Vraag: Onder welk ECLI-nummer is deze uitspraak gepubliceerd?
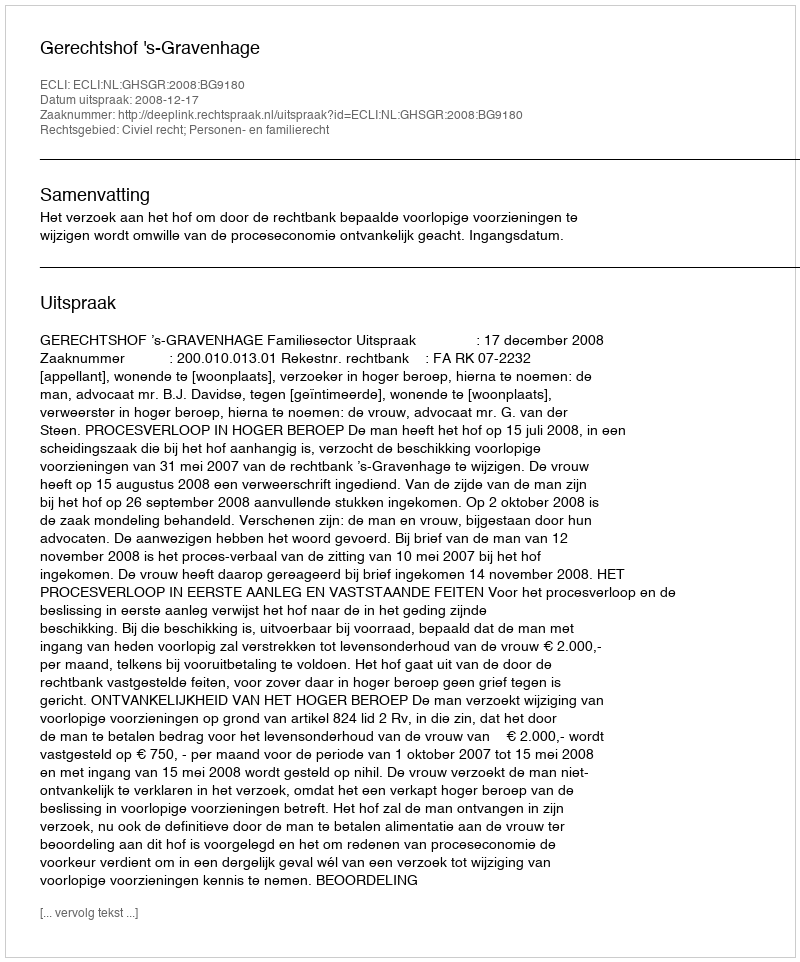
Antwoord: ECLI:NL:GHSGR:2008:BG9180